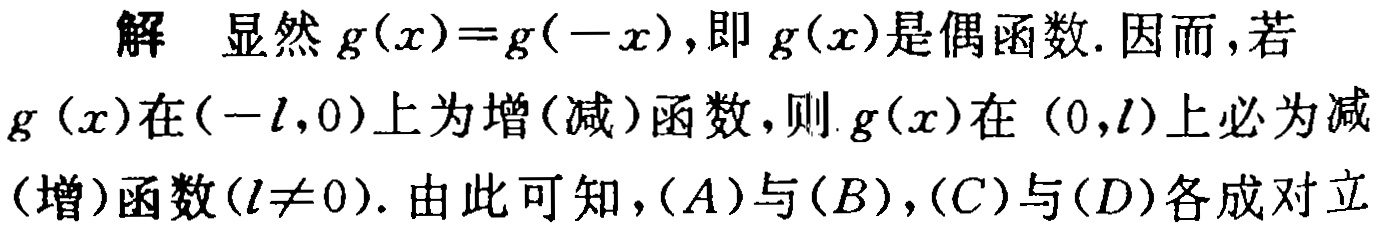
解 显然 \(g(x)=g(-x)\)，即 \(g(x)\)是偶函数. 因而，若\(g(x)\)在\((-l,0)\)上为增(减)函数，则\(g(x)\)在 \((0,l)\)上必为减(增)函数\((l\neq 0)\). 由此可知，\((A)\)与\((B)\)，\((C)\)与\((D)\)各成对立